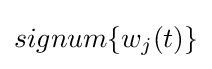
signum\{w_{j}(t)\}